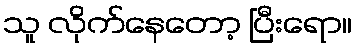
သူ လိုက်နေတော့ ပြီးရော။